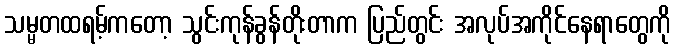
သမ္မတထရမ့်ကတော့ သွင်းကုန်ခွန်တိုးတာက ပြည်တွင်း အလုပ်အကိုင်နေရာတွေကို